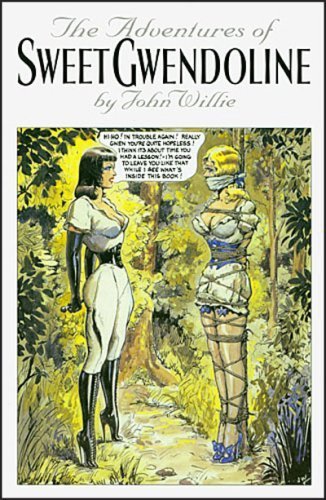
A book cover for The Adventures of Sweet Gwendoline, 2nd Edition; John Willie; Romance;